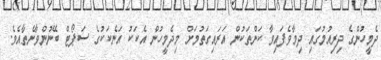
ދެމީހުންގެ ދިރިއުުމުގައި ދިމާވެފައިވާ ކަންތަކުން އަރައިގަތުމަށް މިދެމީހުން އެކަކު އަނެކަކުގެ ސަޕޯޓް ބޭނުންވާނެތާއެވެ.